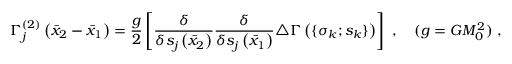
\Gamma _ { j } ^ { ( 2 ) } \left( { \bar { x } } _ { 2 } - { \bar { x } } _ { 1 } \right) = \frac { g } { 2 } \left[ \frac { \delta } { \delta s _ { j } \left( { \bar { x } } _ { 2 } \right) } \frac { \delta } { \delta s _ { j } \left( { \bar { x } } _ { 1 } \right) } \triangle \Gamma \left( \lbrace \sigma _ { k } ; s _ { k } \rbrace \right) \right] \ , \quad ( g = G M _ { 0 } ^ { 2 } ) \ ,